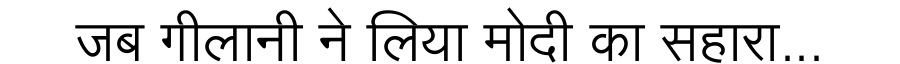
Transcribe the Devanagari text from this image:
जब गीलानी ने लिया मोदी का सहारा...